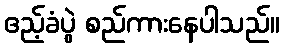
ဧည့်ခံပွဲ စည်ကားနေပါသည်။